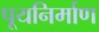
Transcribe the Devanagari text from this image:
पूयनिर्माण